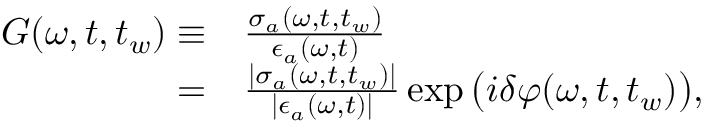
\begin{array} { r l } { G ( \omega , t , t _ { w } ) \equiv } & { { } \frac { \sigma _ { a } ( \omega , t , t _ { w } ) } { \epsilon _ { a } ( \omega , t ) } } \\ { = } & { { } \frac { | \sigma _ { a } ( \omega , t , t _ { w } ) | } { | \epsilon _ { a } ( \omega , t ) | } \exp \big ( i \delta \varphi ( \omega , t , t _ { w } ) \big ) , } \end{array}